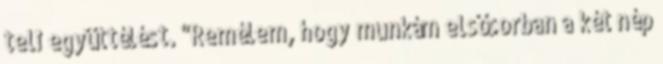
teli együttélést. "Remélem, hogy munkám elsősorban a két nép